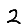
Digit: 2